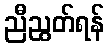
ညီညွတ်ရန်